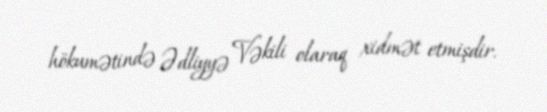
hökumətində Ədliyyə Vəkili olaraq xidmət etmişdir.